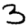
Digit: 3